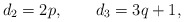
\begin{align*}d_2 = 2p , \qquad d_3 = 3q + 1 , \end{align*}